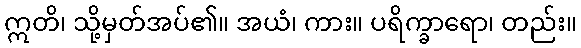
ဣတိ၊ သို့မှတ်အပ်၏။ အယံ၊ ကား။ ပရိက္ခာရော၊ တည်း။